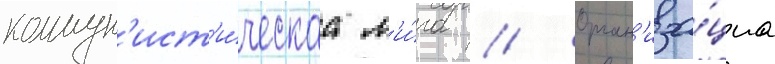
коммун'ист'и́ческаа л'и́га // Орган'иза́циа